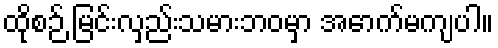
ထိုစဉ် မြင်းလှည်းသမားဘဝမှာ အောက်မကျပါ။